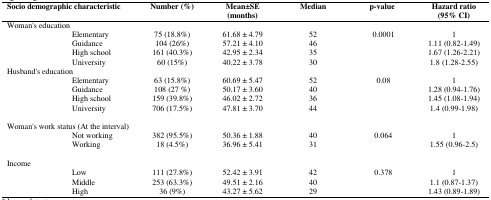
| <COLSPAN=2> Socio demographic characteristic | Number (%) | Mean±SE(months) | Median | p-value* | Hazard ratio(95% CI) |
 | --- | --- | --- | --- | --- | --- | --- |
 | <COLSPAN=2> Woman's education |  |  |  |  |  |
 |  | Elementary | 75 (18.8%) | 61.68 ± 4.79 | 52 | <ROWSPAN=4> 0.0001 | 1 |
 |  | Guidance | 104 (26%) | 57.21 ± 4.10 | 46 | 1.11 (0.82-1.49) |
 |  | High school | 161 (40.3%) | 42.95 ± 2.34 | 35 | 1.67 (1.26-2.21) |
 |  | University | 60 (15%) | 40.22 ± 3.78 | 30 | 1.8 (1.28-2.55) |
 | <COLSPAN=2> Husband's education |  |  |  |  |  |
 |  | Elementary | 63 (15.8%) | 60.69 ± 5.47 | 52 | <ROWSPAN=4> 0.08 | 1 |
 |  | Guidance | 108 (27 %) | 50.17 ± 3.60 | 40 | 1.28 (0.94-1.76) |
 |  | High school | 159 (39.8%) | 46.02 ± 2.72 | 36 | 1.45 (1.08-1.94) |
 |  | University | 706 (17.5%) | 47.81 ± 3.70 | 44 | 1.4 (0.99-1.98) |
 | <COLSPAN=2> Woman's work status (At the interval) |  |  |  |  |  |
 |  | Not working | 382 (95.5%) | 50.36 ± 1.88 | 40 | <ROWSPAN=2> 0.064 | 1 |
 |  | Working | 18 (4.5%) | 36.96 ± 5.41 | 31 | 1.55 (0.96-2.5) |
 | <COLSPAN=2> Income |  |  |  |  |  |
 |  | Low | 111 (27.8%) | 52.42 ± 3.91 | 42 | <ROWSPAN=3> 0.378 | 1 |
 |  | Middle | 253 (63.3%) | 49.51 ± 2.16 | 40 | 1.1 (0.87-1.37) |
 |  | High | 36 (9%) | 43.27 ± 5.62 | 29 | 1.43 (0.89-1.89) |